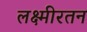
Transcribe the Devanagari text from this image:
लक्ष्मीरतन